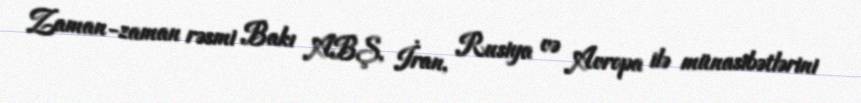
Zaman-zaman rəsmi Bakı ABŞ, İran, Rusiya və Avropa ilə münasibətlərini